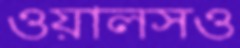
ওয়ালসও